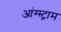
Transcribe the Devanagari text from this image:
आंग्स्ट्राम